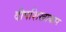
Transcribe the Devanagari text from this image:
दीपशिखाकार